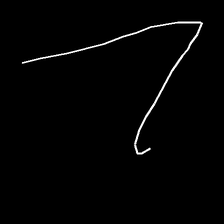
Glyph: region